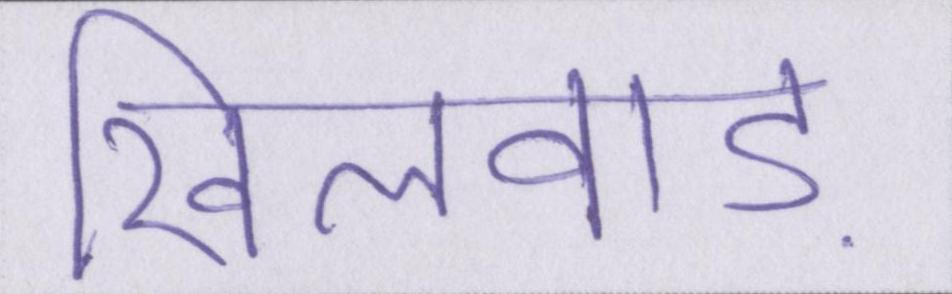
खिलवाड़